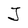
Character: J